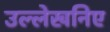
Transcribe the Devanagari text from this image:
उल्लेखनिए